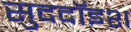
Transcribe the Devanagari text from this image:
सुददॉइश